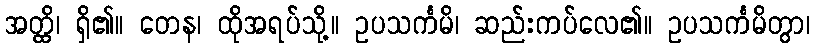
အတ္ထိ၊ ရှိ၏။ တေန၊ ထိုအရပ်သို့။ ဥပသင်္ကမိ၊ ဆည်းကပ်လေ၏။ ဥပသင်္ကမိတွာ၊